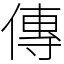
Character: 傳